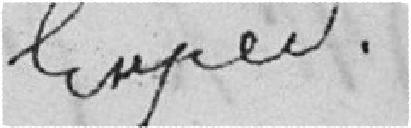
Expédié